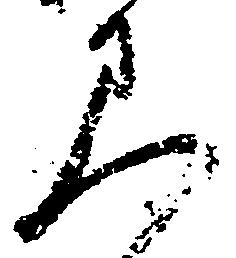
見